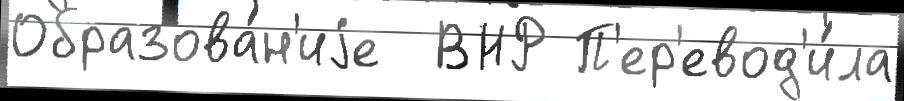
Образова́н'иjе  ВНР П'ер'евод'и́ла